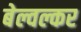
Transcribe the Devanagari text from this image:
बेल्वल्कर